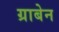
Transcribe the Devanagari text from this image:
ग्राबेन